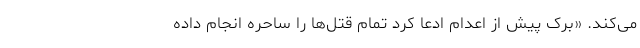
می‌کند. «برک پیش از اعدام ادعا کرد تمام قتل‌ها را ساحره انجام داده